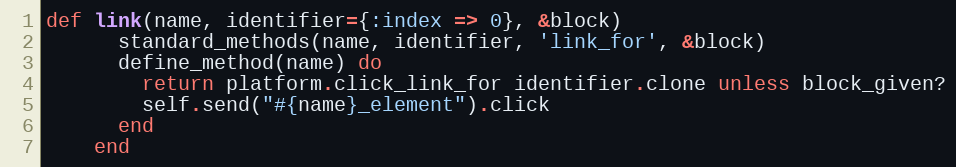
Language: Ruby
def link(name, identifier={:index => 0}, &block)
      standard_methods(name, identifier, 'link_for', &block)
      define_method(name) do
        return platform.click_link_for identifier.clone unless block_given?
        self.send("#{name}_element").click
      end
    end